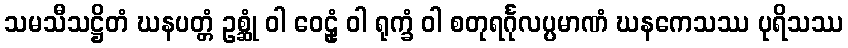
သမသီသဋ္ဌိတံ ဃနပတ္တံ ဥစ္ဆုံ ဝါ ဝေဠုံ ဝါ ရုက္ခံ ဝါ စတုရင်္ဂုလပ္ပမာဏံ ဃနကေသဿ ပုရိသဿ